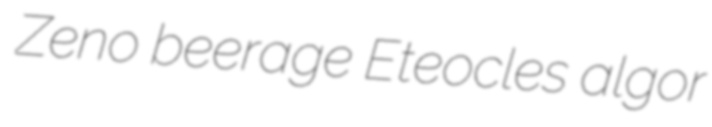
Zeno beerage Eteocles algor